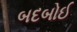
બદબોઈ